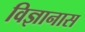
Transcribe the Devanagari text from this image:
विज्ञानास